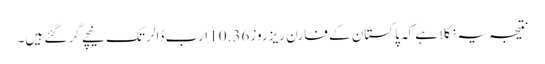
نتیجہ یہ نکلا ہے کہ پاکستان کے فارن ریزروز 10.36 ارب ڈالر تک نیچے گر گئے ہیں۔